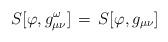
LaTeX: \begin{align*}S[\varphi , g^\omega_{\mu\nu}] \,=\, S[\varphi , g_{\mu\nu}]\end{align*}